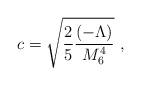
LaTeX: \begin{align*} c=\sqrt{\frac{2}{5}\frac{(-\Lambda)}{M_6^4}}~,\end{align*}